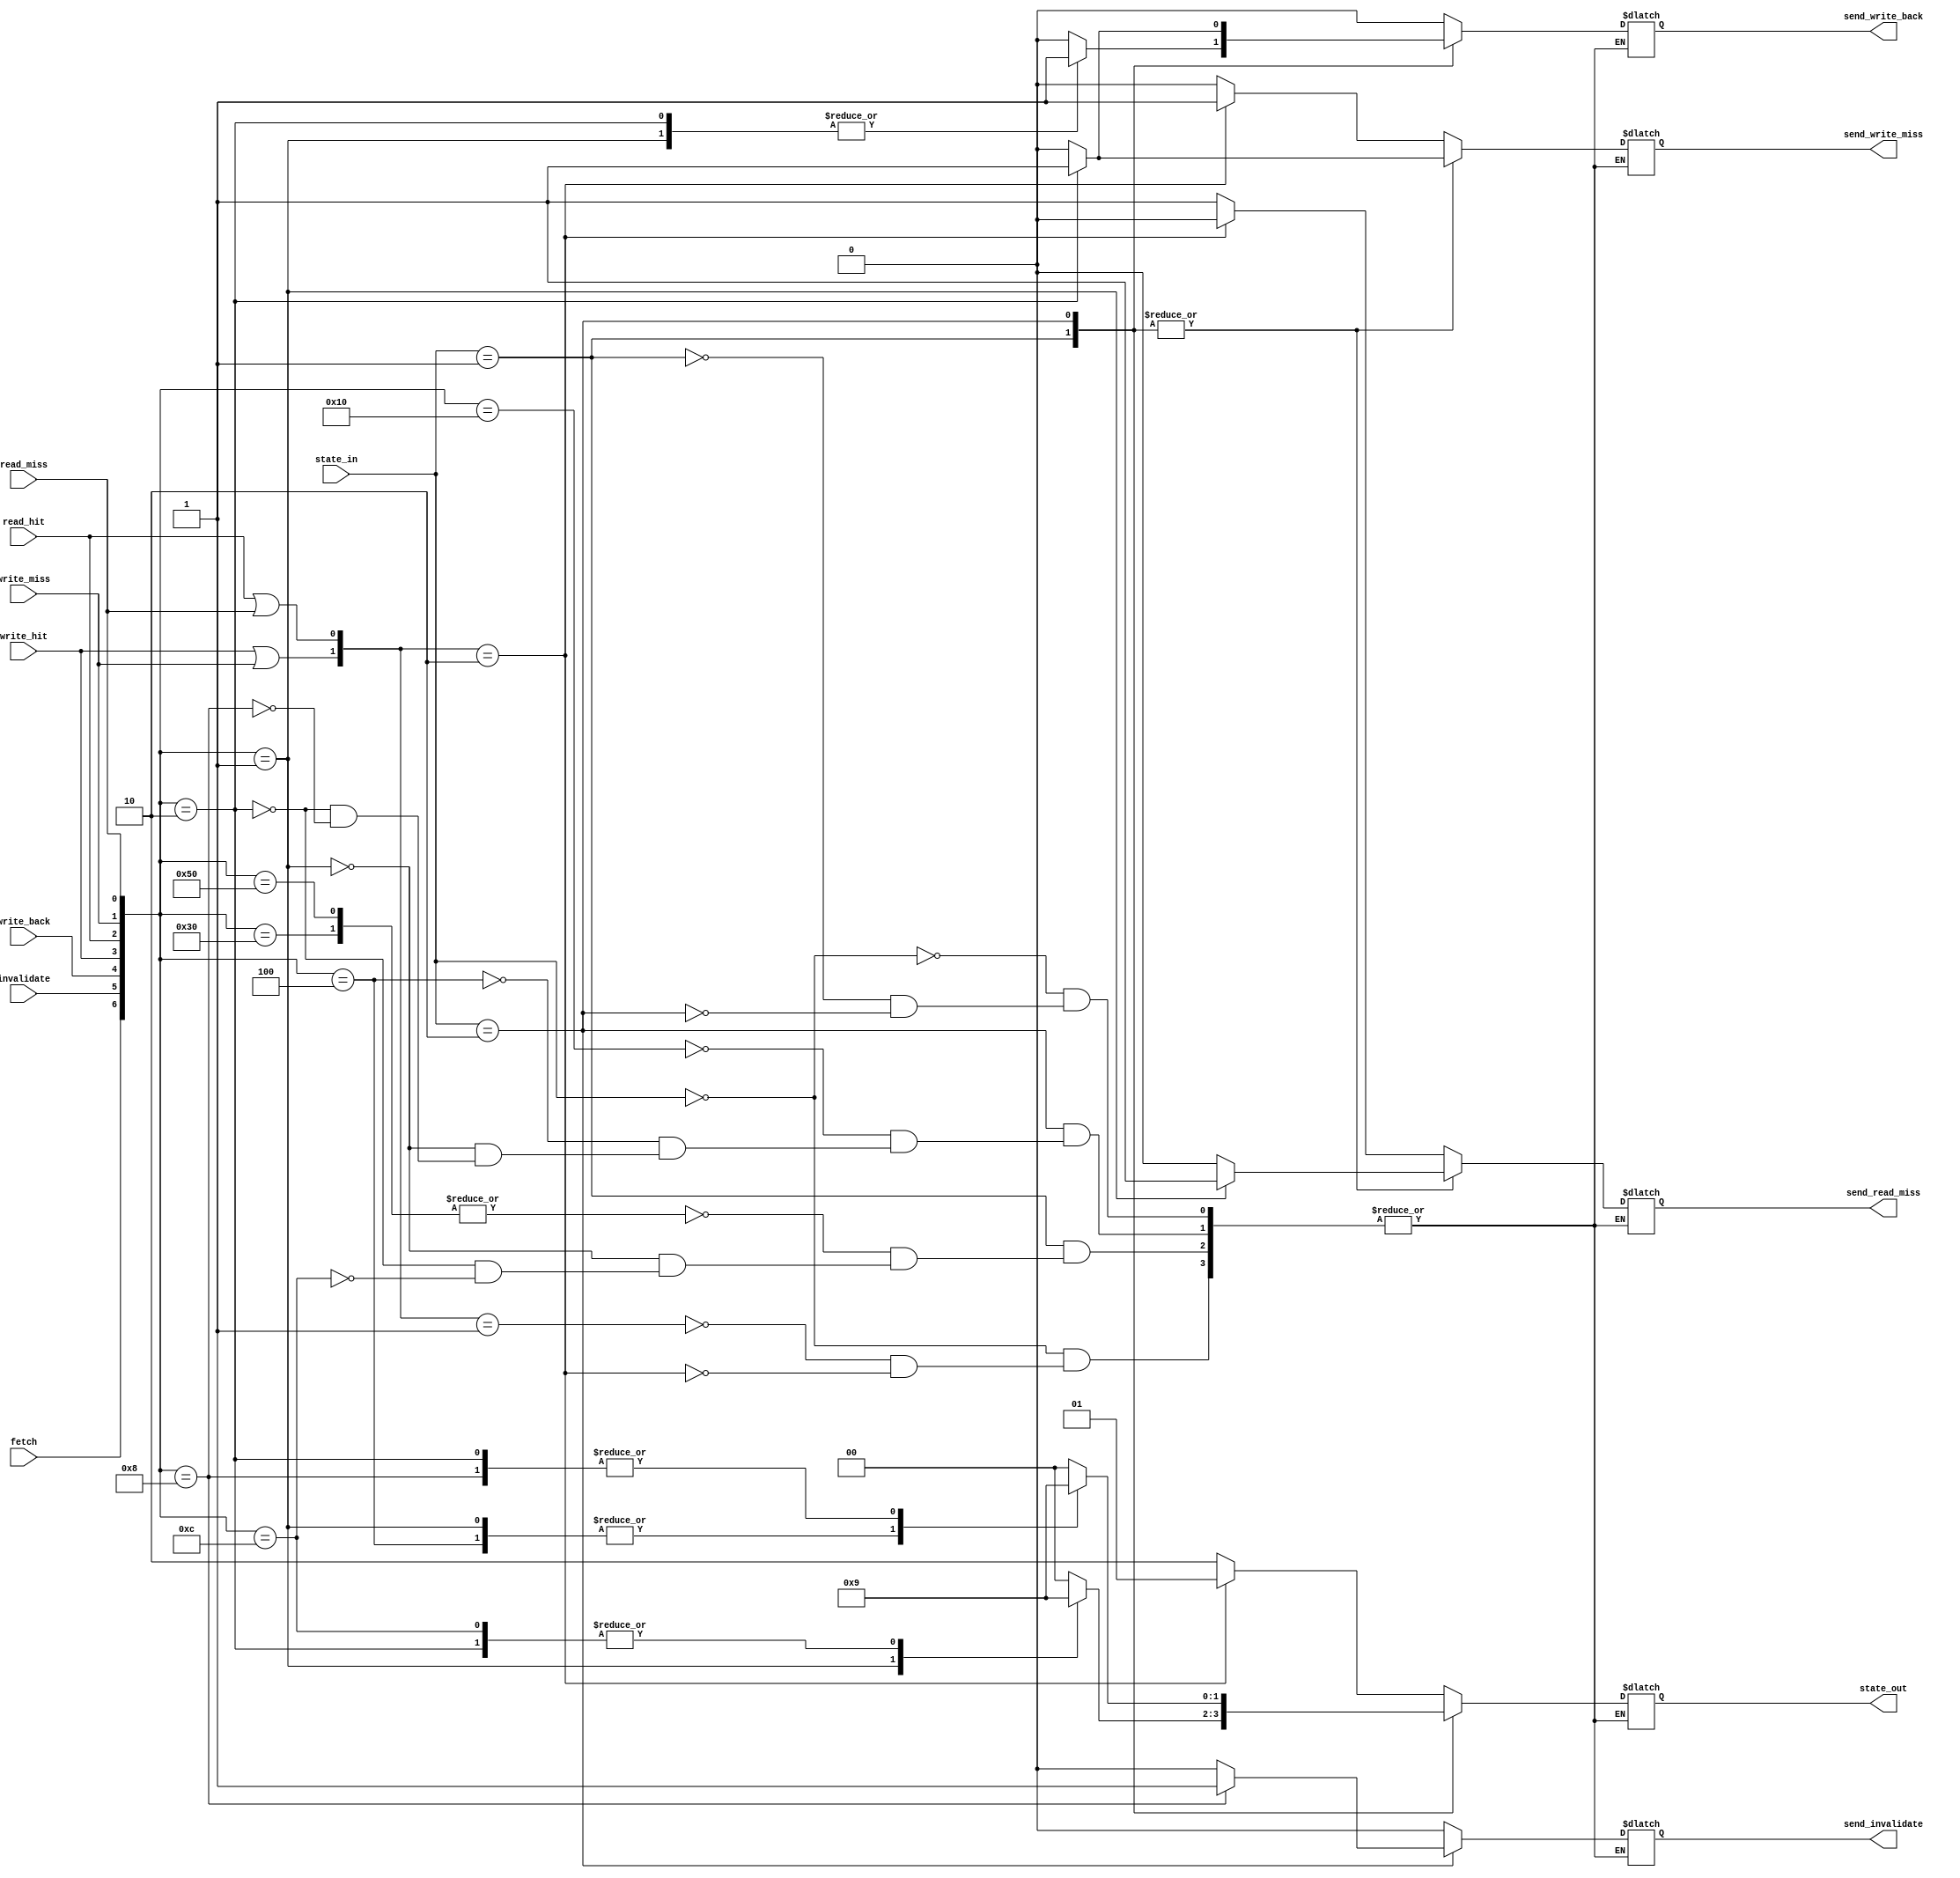
module FSM_DIRECTORY_cache_block(

	input [1:0] state_in,
	
	input fetch, invalidate, write_back,// outside requests
	input write_hit, read_hit, write_miss, read_miss, // cpu requests 

	output reg send_write_miss, send_read_miss, send_invalidate, send_write_back,
	output reg [1:0] state_out
	);

	parameter INVALID = 2'b0, MODIFIED = 2'b01, SHARED = 2'b10;

	wire write = write_hit | write_miss; // whenever a write
	wire read = read_hit | read_miss;

	initial begin
		send_write_miss <= 1'b0;
		send_read_miss <= 1'b0;
		send_invalidate <= 1'b0;
		send_write_back <= 1'b0;
		state_out <= INVALID;
	end

	always @(*) begin
		$display("cb: state_in %b f %b i %b wb %b wh %b rh %b wm %b rm %b                        -->>  state_out %b    swm %b srm %b si %b swb %b",
			state_in, fetch, invalidate, write_back, write_hit, read_hit, write_miss, read_miss,
			state_out, send_write_miss, send_read_miss, send_invalidate, send_write_back
		);
		case(state_in)
			INVALID:begin
				case({write,read})
					2'b01:begin
						send_write_miss <= 1'b0;
						send_read_miss <= 1'b1;
						send_invalidate <= 1'b0;
						send_write_back <= 1'b0;
						state_out <= SHARED;
					end
					2'b10:begin
						send_write_miss <= 1'b1;
						send_read_miss <= 1'b0;
						send_invalidate <= 1'b0;
						send_write_back <= 1'b0;
						state_out <= MODIFIED;
					end
				endcase
			end
			MODIFIED:begin
				case({fetch,invalidate,write_back,write_hit,read_hit,write_miss,read_miss})
					7'b1010000,7'b0110000:begin
						send_write_miss <= 1'b0;
						send_read_miss <= 1'b0;
						send_invalidate <= 1'b0;
						send_write_back <= 1'b0;
						state_out <= INVALID;	
					end
					7'b0000001:begin
						send_write_miss <= 1'b0;
						send_read_miss <= 1'b1;
						send_invalidate <= 1'b0;
						send_write_back <= 1'b1;
						state_out <= SHARED;	
					end					
					7'b1010000:begin
						send_write_miss <= 1'b0;
						send_read_miss <= 1'b0;
						send_invalidate <= 1'b0;
						send_write_back <= 1'b0;
						state_out <= SHARED;		
					end
					7'b0000010:begin
						send_write_miss <= 1'b1;
						send_read_miss <= 1'b0;
						send_invalidate <= 1'b0;
						send_write_back <= 1'b1;
						state_out <= MODIFIED;	
					end
					7'b0001100:begin
						send_write_miss <= 1'b0;
						send_read_miss <= 1'b0;
						send_invalidate <= 1'b0;
						send_write_back <= 1'b0;
						state_out <= MODIFIED;	
					end
				endcase
			end
			SHARED:begin
				case({fetch,invalidate,write_back,write_hit,read_hit,write_miss,read_miss})
					7'b010000:begin
						send_write_miss <= 1'b0;
						send_read_miss <= 1'b0;
						send_invalidate <= 1'b0;
						send_write_back <= 1'b0;
						state_out <= INVALID;	
					end
					7'b0000100:begin
						send_write_miss <= 1'b0;
						send_read_miss <= 1'b0;
						send_invalidate <= 1'b0;
						send_write_back <= 1'b0;
						state_out <= SHARED;	
					end
					7'b0000001:begin
						send_write_miss <= 1'b0;
						send_read_miss <= 1'b1;
						send_invalidate <= 1'b0;
						send_write_back <= 1'b0;
						state_out <= SHARED;	
					end
					7'b0000010:begin
						send_write_miss <= 1'b1;
						send_read_miss <= 1'b0;
						send_invalidate <= 1'b0;
						send_write_back <= 1'b1;
						state_out <= MODIFIED;	
					end
					7'b0001000:begin
						send_write_miss <= 1'b0;
						send_read_miss <= 1'b0;
						send_invalidate <= 1'b1;
						send_write_back <= 1'b0;
						state_out <= MODIFIED;	
					end
				endcase
			end
		endcase
	end
endmodule